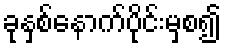
ခုနှစ်နောက်ပိုင်းမှစ၍